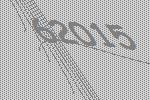
62015